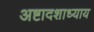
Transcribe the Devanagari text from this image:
अष्टादशाध्याय